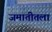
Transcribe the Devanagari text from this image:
जमातीतला